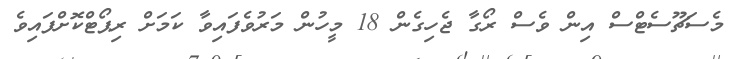
މެސަޗޫސެޓްސް އިން ވެސް ރޯގާ ޖެހިގެން 18 މީހުން މަރުވެފައިވާ ކަމަށް ރިޕޯޓްކޮށްފައިވެ